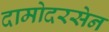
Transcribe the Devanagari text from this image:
दामोदरसेन